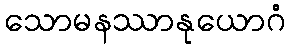
သောမနဿာနုယောဂံ